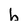
Character: b